Vaccine operations Central Provinces & Berar 1912-1920 - 1912-1920
Year: 1912
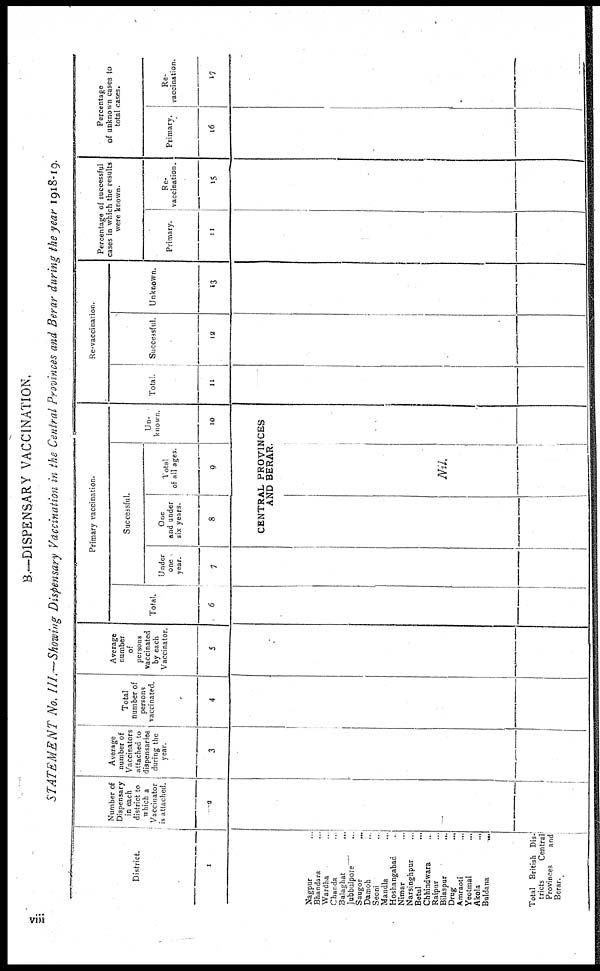
B.—DISPENSARY VACCINATION.
STATEMENT No. III.—Showing Dispensary Vaccination in the Central Provinces and Berar during the year 1918-19.
District.
1
Nagpur ...
Bhandara ...
Wardha ...
Chanda ...
Balaghat
...
Jubbulpore
...
Saugor ...
Damoh ...
Seoni ...
Mandla ...
Hoshangabad ...
Nimar ...
Narsinghpur ...
Betul ...
Chhindwara ...
Raipur
...
Bilaspur ....
Drug ...
Amraoti ...
Yeotmal ...
Akola ...
Buldana
...
Total British Dis¬
tricts
Central
Provinces
and
Berar.
Number of
Dispensary
in each
district to
which a
Vaccinator
is attached.
2
Average
number of
Vaccinators
attached to
dispensaries
during the
year.
3
Total
number of
persons
vaccinated.
4
Average
number
of
persons
vaccinated
by each
Vaccinator.
5
Primary vaccination.
Total.
6
Successful.
Under
one
year.
7
One
and under
six years.
8
Total
of all ages.
9
Un-
known.
10
CENTRAL PROVINCES
AND BERAR.
Nil.
Re-vaccination.
Total.
11
Successful.
12
Unknown.
13
Percentage of successful
cases in which the results
were known.
Primary.
14
Re-
vaccination.
15
Percentage
of unknown cases to
total cases.
Primary.
16
Re-
vaccination.
17
vii